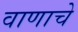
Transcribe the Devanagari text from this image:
वाणाचे